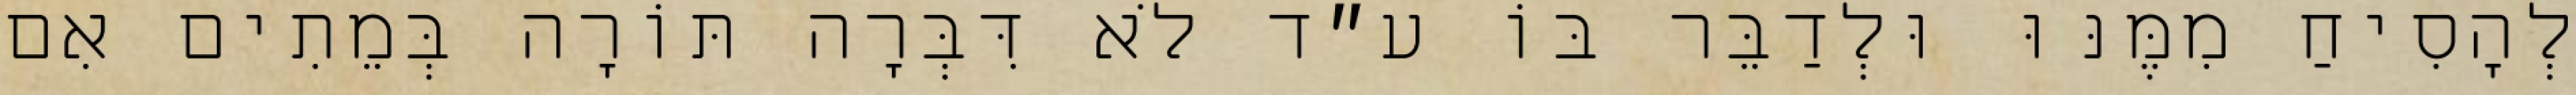
לְהָסִיחַ מִמֶּנּוּ וּלְדַבֵּר בּוֹ ע״ד לֹא דִּבְּרָה תּוֹרָה בְּמֵתִים אִם